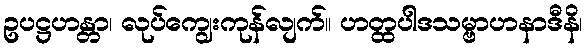
ဥပဋ္ဌဟန္တာ၊ လုပ်ကျွေးကုန်လျက်။ ဟတ္ထပါဒသမ္ဗာဟနာဒီနိ၊